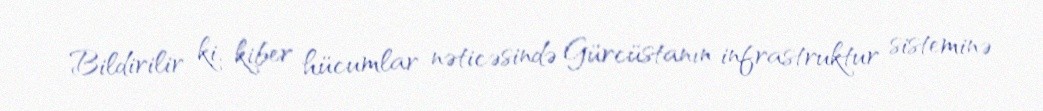
Bildirilir ki, kiber hücumlar nəticəsində Gürcüstanın infrastruktur sisteminə